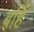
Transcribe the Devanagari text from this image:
बर्हि